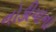
નોકીયાના